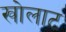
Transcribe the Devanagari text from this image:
खोलाट